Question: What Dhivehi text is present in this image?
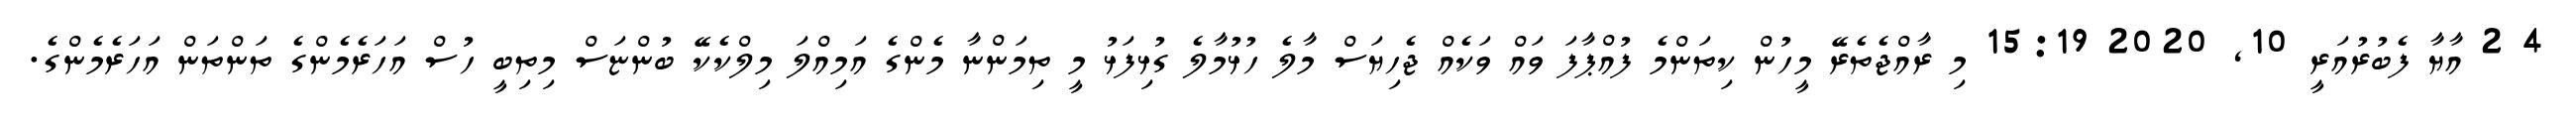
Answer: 4 2 އާޔާ ފެބުރުއަރީ 10, 2020 15:19 މި ރާއްޖެތެރޭ މީހުން ކިތަންމެ ފުއްޕާފަ ވައް ވަކެއް ޖެހިޔަސް މާލެ ހުޅުމާލެ ގުޅިފަޅު މީ ތިމަންނާ މެންގެ އަމިއްލަ މިލްކެކޭ ބުންޏަސް މިތިބީ ހުސް އަހަރެމެންގެ ތަންތަން އަހަރެމެންގެ.